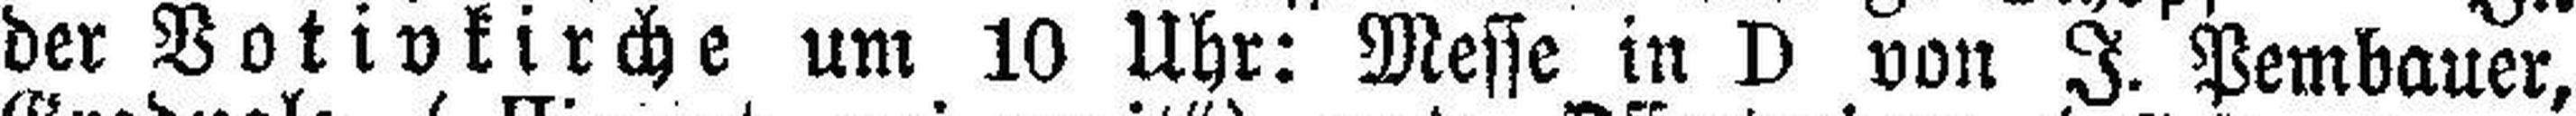
der Votivkirche um 10 Uhr: Messe in D von I. Pembauer,